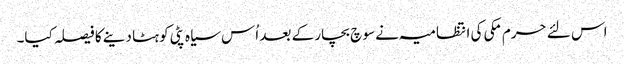
اس لئے حرم مکی کی انتظامیہ نے سو چ بچار کے بعد اُس سیاہ پٹی کو ہٹا دینے کا فیصلہ کیا۔